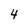
Character: 4